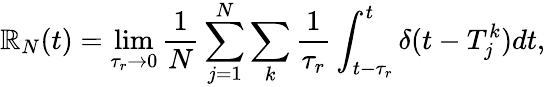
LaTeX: \mathbb{R}_{N}(t)=\operatorname*{lim}_{\tau_{r}\to0}\frac{1}{N}\sum_{j=1}^{N}\sum_{k}\frac{1}{{\tau_{r}}}\int_{t-\tau_{r}}^{t}\delta(t-T_{j}^{k})dt,